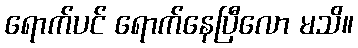
ရောက်ပင် ရောက်နေပြီလော မသိ။